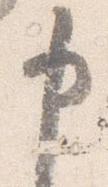
申